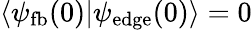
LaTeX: \langle\psi_{\mathrm{fb}}(0)|\psi_{\mathrm{edge}}(0)\rangle=0